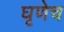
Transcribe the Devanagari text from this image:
घृणेच